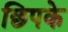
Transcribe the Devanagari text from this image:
छिपके